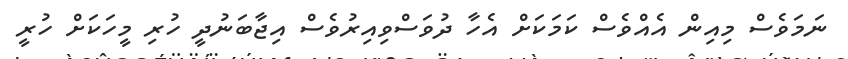
ނަމަވެސް މިއިން އެއްވެސް ކަމަކަށް އެހާ ދުވަސްވިއިރުވެސް އިޖާބަނުދީ ހުރި މީހަކަށް ހުރީ